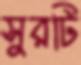
সুরটি